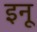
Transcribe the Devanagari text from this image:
इनू